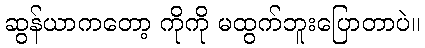
ဆွန်ယာကတော့ ကိုကို မထွက်ဘူးပြောတာပဲ။